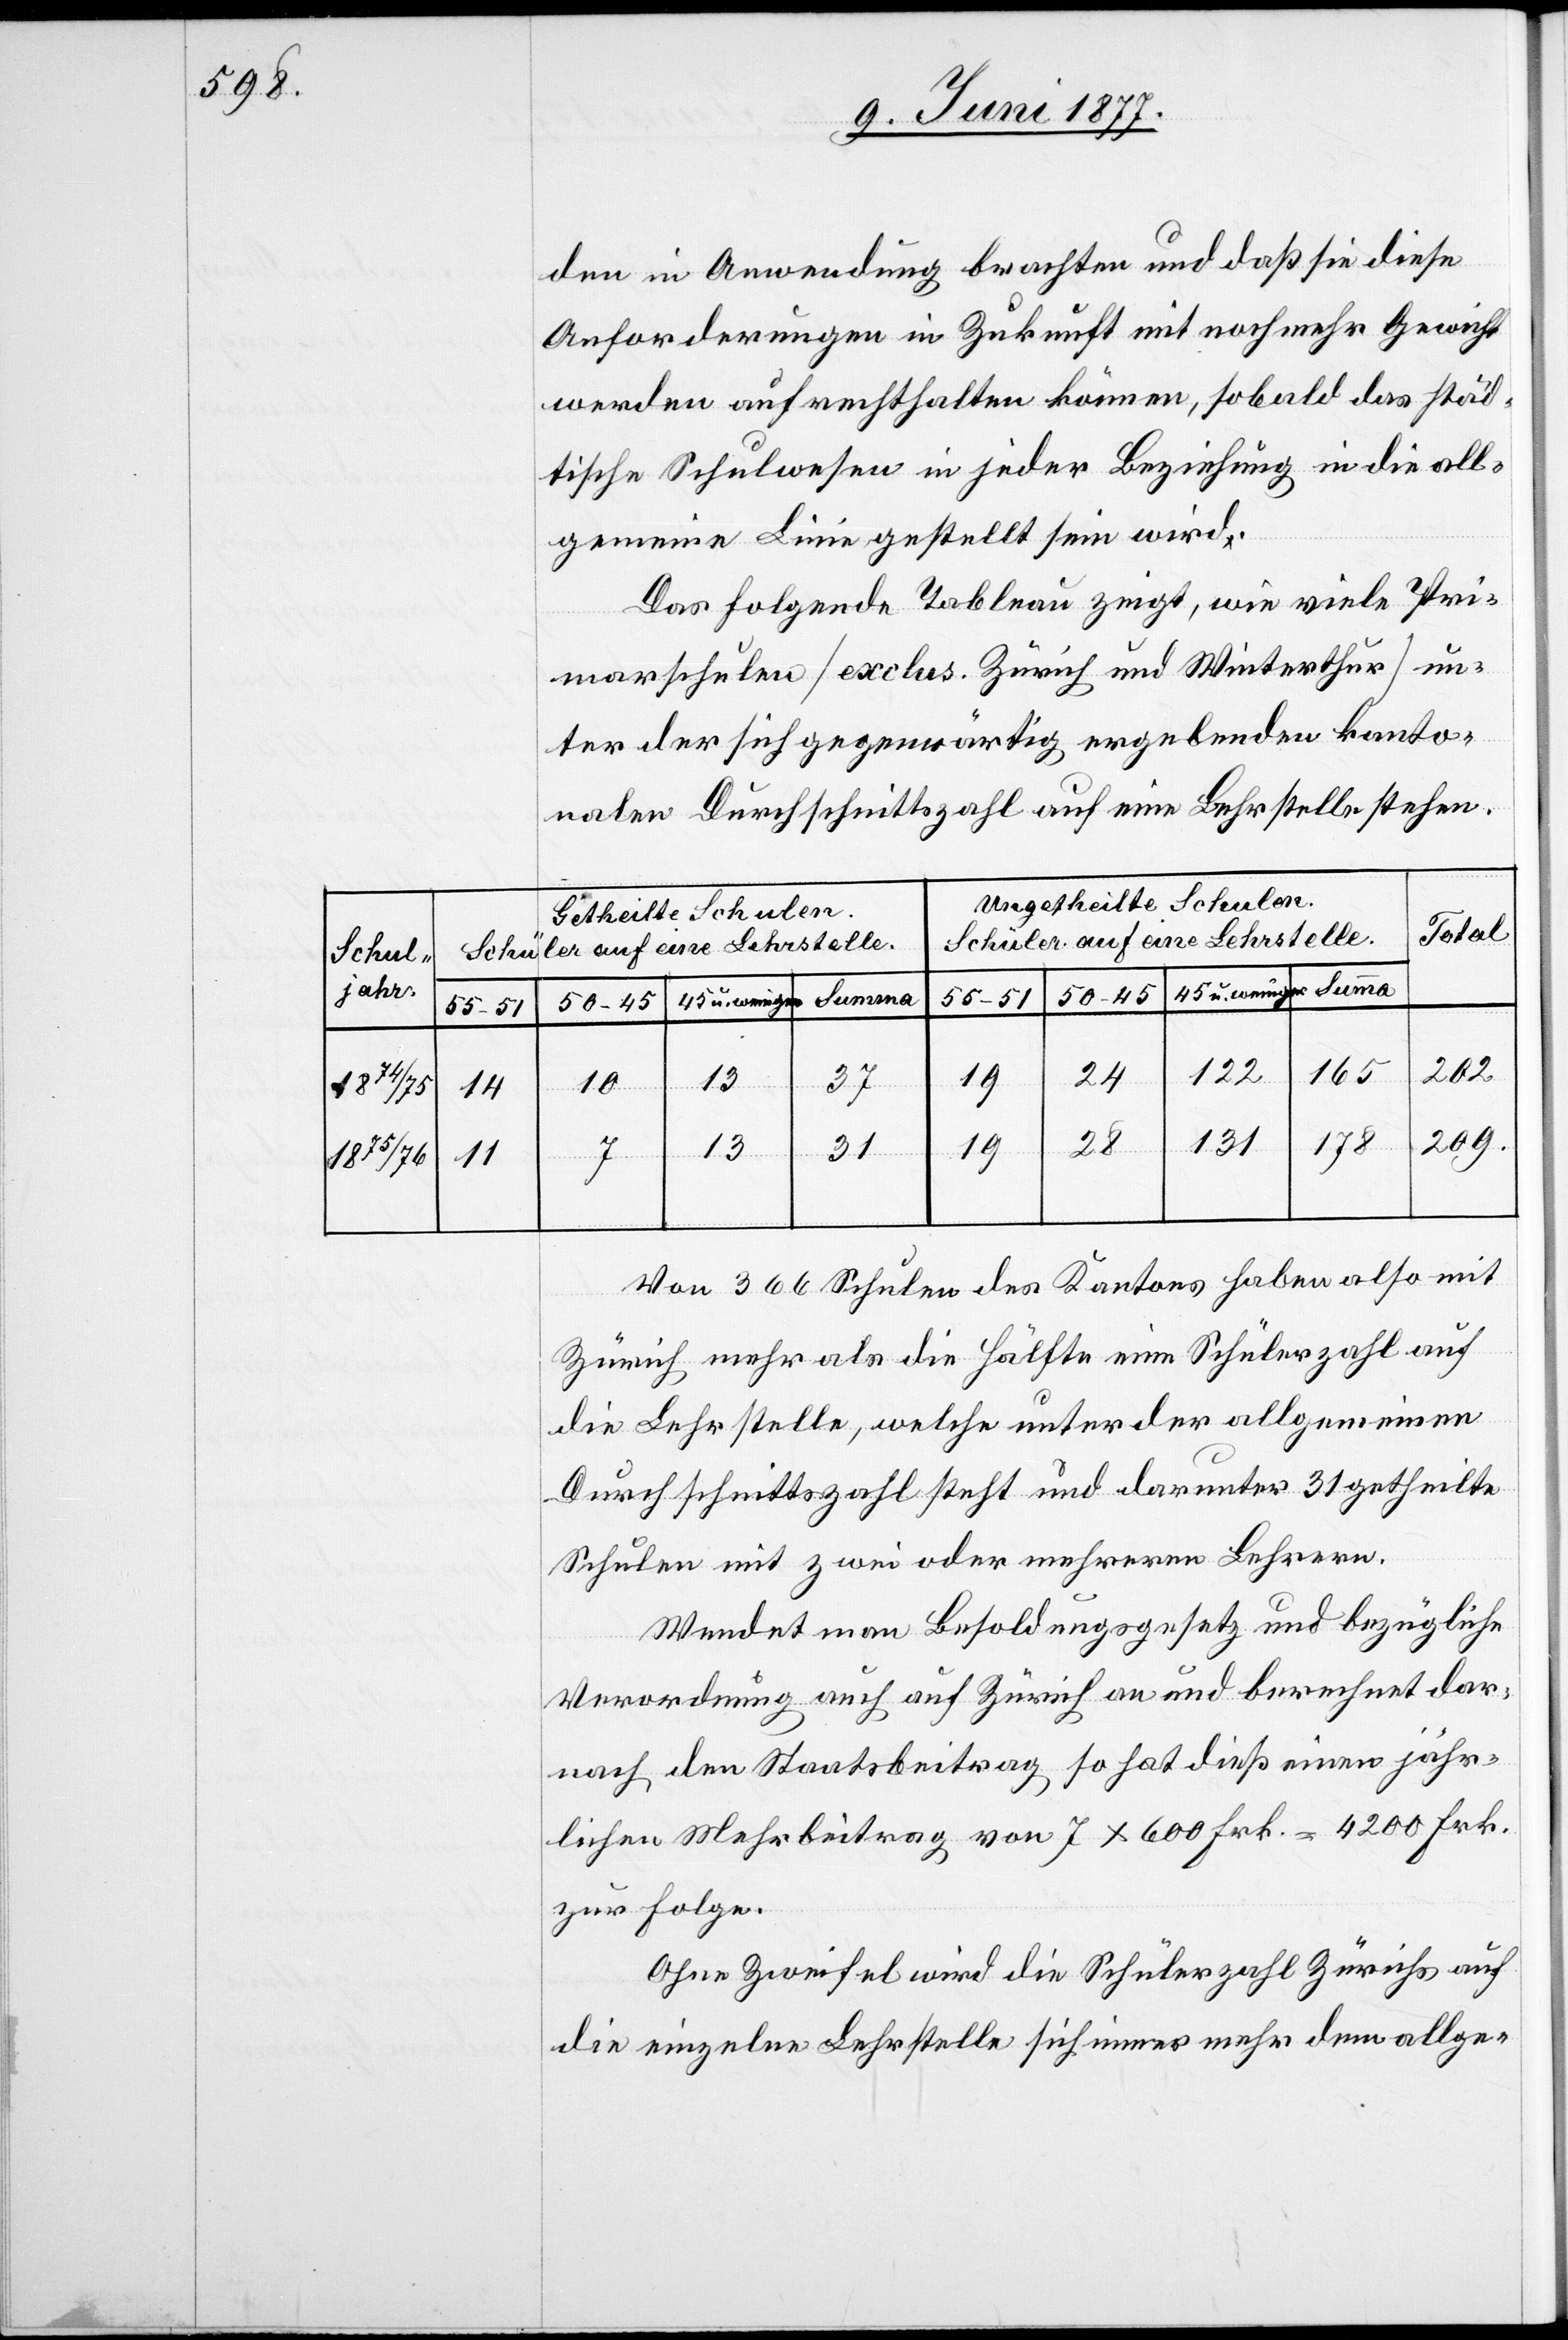
getheilte
jahr
1875/76

den in Anwendung brachten und daß sie diese
Anforderungen in Zukunft mit noch mehr Gewicht
werden aufrechthalten können, sobald das städ¬
tische Schulwesen in jeder Beziehung in die all¬
gemeine Linie gestellt sein wird.
Das folgende Tableau zeigt, wie viele Pri¬
marschulen [exclus. Zürich und Winterthur] un¬
ter der sich gegenwärtig ergebenden kanto¬
nalen Durchschnittszahl auf eine Lehrstelle stehen.
Ungetheilte Schulen.
Total
Schüler auf eine Lehrstelle
55–51
50–45
er 31
202
165
24
122
arunt¬
13
37
10
14
209
178
131
28
19
4
11
Von 336 Schulen des Kantons haben also mit
Zürich mehr als die Hälfte eine Schülerzahl auf
die Lehrstelle, welche unter der allgemeinen
Schulen mit zwei oder mehreren Lehrern.
Wendet man Besoldungsgesetz und bezügliche
Verordnungen auch auf Zürich an und berechnet dar¬
nach den Staatsbeitrag so hat dieß einen jähr¬
lichen Mehrbeitrag von 7 x 600 Frk. = 4200 Frk.
zur Folge.
Ohne Zweifel wird die Schülerzahl Zürichs auf
die einzelne Lehrstelle sich immer mehr dem allge-